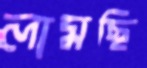
লামছি